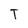
Character: T